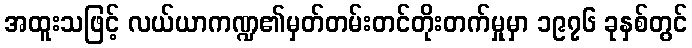
အထူးသဖြင့် လယ်ယာကဏ္ဍ၏မှတ်တမ်းတင်တိုးတက်မှုမှာ ၁၉၇၆ ခုနှစ်တွင်